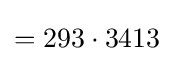
=293\cdot 3413